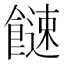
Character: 𩞍